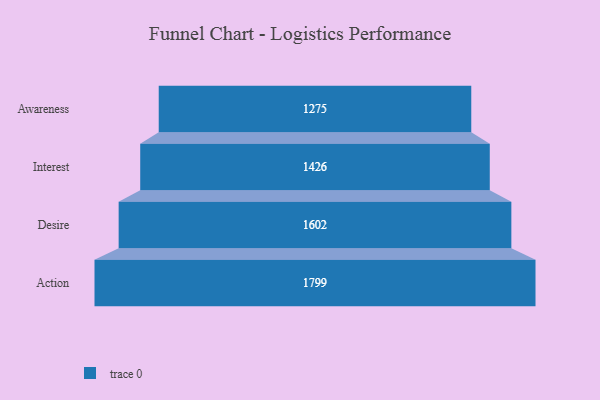
{"axis": {"x": "Stage", "y": "Value"}, "legend": [""], "data": [{"x": "Awareness", "y": 1275.0, "type": ""}, {"x": "Interest", "y": 1426.0, "type": ""}, {"x": "Desire", "y": 1602.0, "type": ""}, {"x": "Action", "y": 1799.0, "type": ""}]}